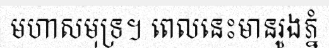
មហាសមុទ្រ។ ពេលនេះមានរូងភ្នំ